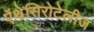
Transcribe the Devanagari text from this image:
ऐंथेसिरोटेलीज